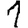
Digit: 1